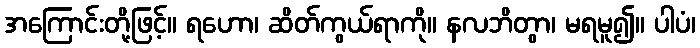
အကြောင်းတို့ဖြင့်။ ရဟော၊ ဆိတ်ကွယ်ရာကို။ နလဘိတွာ၊ မရမူ၍။ ပါပံ၊